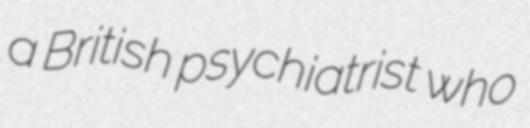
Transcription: a British psychiatrist who